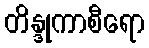
တိန္ဒုကာစီရော